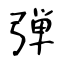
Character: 弾